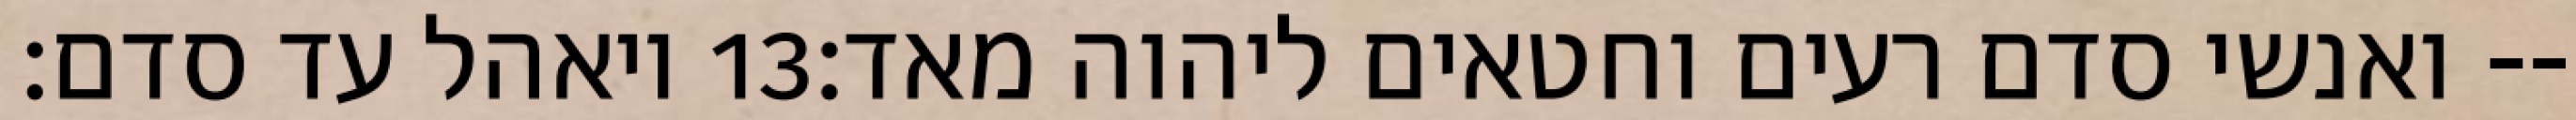
ויאהל עד סדם׃ ‎13‏ ואנשי סדם רעים וחטאים ליהוה מאד׃--